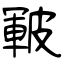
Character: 皸